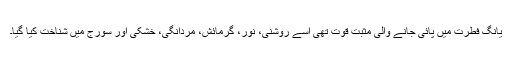
یانگ فطرت میں پائی جانے والی مثبت قوت تھی اسے روشنی، نور، گرمائش، مردانگی، خشکی اور سورج میں شناخت کیا گیا۔